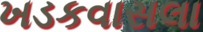
ખડકવાસલા